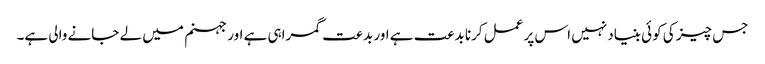
جس چیز کی کوئی بنیاد نہیں اس پر عمل کرنا بدعت ہے اور بدعت گمراہی ہے اور جہنم میں لے جانے والی ہے۔